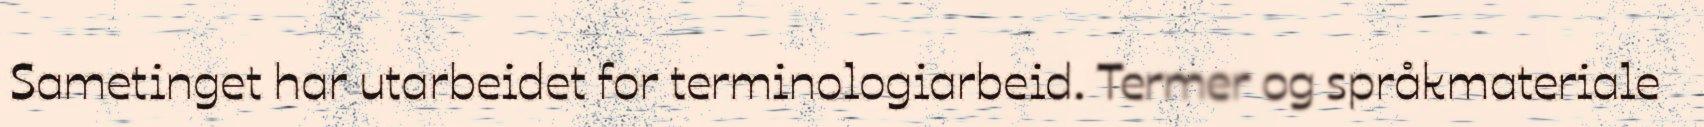
Sametinget har utarbeidet for terminologiarbeid. Termer og språkmateriale